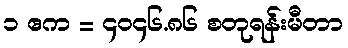
၁ ဧက = ၄၀၄၆.၈၆ စတုရန်းမီတာ